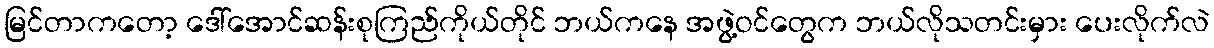
မြင်တာကတော့ ဒေါ်အောင်ဆန်းစုကြည်ကိုယ်တိုင် ဘယ်ကနေ အဖွဲ့ဝင်တွေက ဘယ်လိုသတင်းမှား ပေးလိုက်လဲ